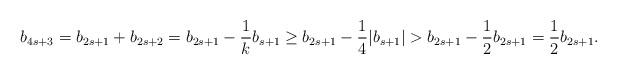
LaTeX: \begin{align*} b_{4s+3} = b_{2s+1}+b_{2s+2} = b_{2s+1}-\frac{1}{k}b_{s+1} \geq b_{2s+1}-\frac{1}{4}|b_{s+1}| > b_{2s+1} - \frac{1}{2} b_{2s+1} = \frac{1}{2} b_{2s+1}.\end{align*}